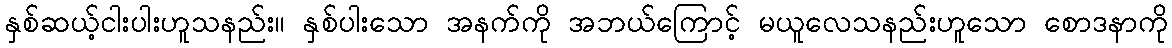
နှစ်ဆယ့်ငါးပါးဟူသနည်း။ နှစ်ပါးသော အနက်ကို အဘယ်ကြောင့် မယူလေသနည်းဟူသော စောဒနာကို